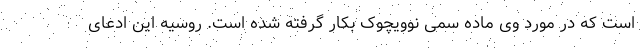
است که در مورد وی ماده سمی نوویچوک بکار گرفته شده است. روسیه این ادعای